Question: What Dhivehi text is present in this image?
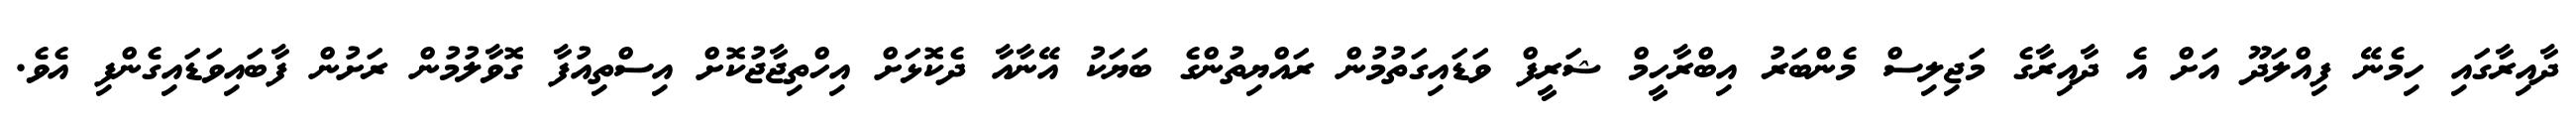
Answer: ދާއިރާގައި ހިމެނޭ ފިއްލަދޫ އަށް އެ ދާއިރާގެ މަޖިލިސް މެންބަރު އިބްރާހީމް ޝަރީފް ވަޑައިގަތުމުން ރައްޔިތުންގެ ބަޔަކު އޭނާއާ ދެކޮޅަށް އިހްތިޖާޖުކޮށް އިސްތިއުފާ ގޮވާލުމުން ރަށުން ފާބައިވަޑައިގެންފި އެވެ.